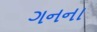
ગનના